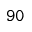
\mathtt { 9 0 }